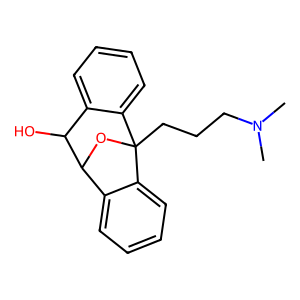
SMILES: CN(C)CCCC12OC(c3ccccc31)C(O)c1ccccc12
Inhibits HIV replication: No